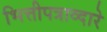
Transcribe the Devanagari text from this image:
भित्तीपत्राव्दारे